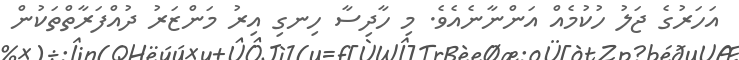
އަހަރުގެ ޖަލު ހުކުމެއް އަންނާނެއެވެ. މި ހާދިސާ ހިނގި އިރު މަންޒަރު ދުއްފަރާތްތަކުން